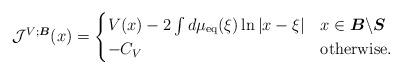
LaTeX: \begin{align*}\mathcal{J}^{V;\boldsymbol{B}}(x)=\begin{cases}V(x)-2\int d\mu_{\mathrm{eq}}(\xi)\ln\left|x-\xi\right| & x\in\boldsymbol{B}\backslash \boldsymbol{S}\\-C_{V} & \mathrm{otherwise}.\end{cases}\end{align*}